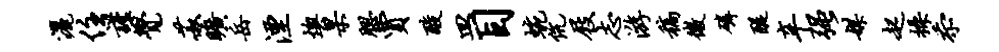
洒住谨觉菽旷岳湮燠杲腮贾酸皿目蜿伉屐志游稿微磷醍辛强媒起操忝